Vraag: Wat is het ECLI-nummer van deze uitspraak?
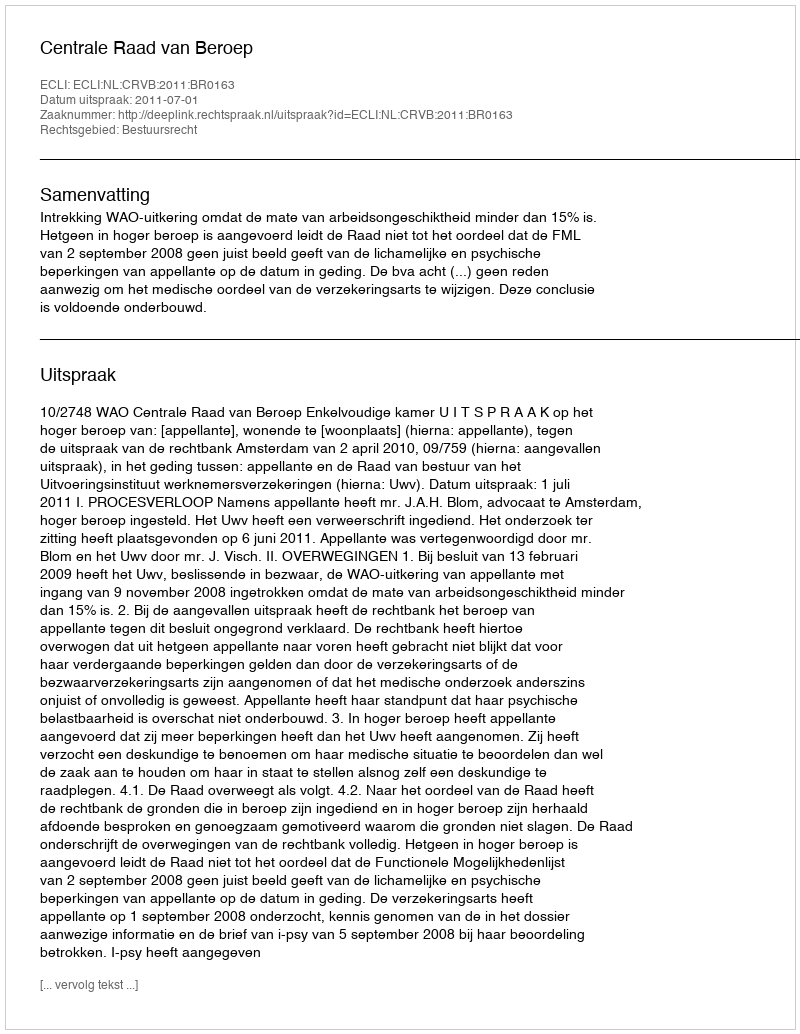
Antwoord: ECLI:NL:CRVB:2011:BR0163